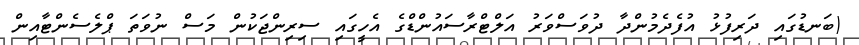
(ބަނޑުގައި ދަރިފުޅު އުފެދެމުންދާ ދުވަސްވަރު އަލްޓްރާސައުންޑްގެ އެހީގައި ސިރިންޖަކުން މަސް ނުވަތަ ޕްލެސެންޓާއިން